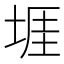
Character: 堐